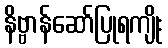
နိဗ္ဗာန်ဆော်ပြုရကျိုး